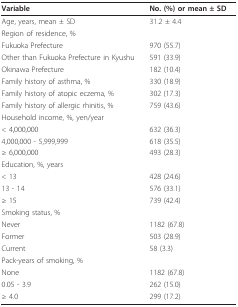
<table><thead><tr><td><b>Variable</b></td><td><b>No. (%) or mean ± SD</b></td></tr></thead><tbody><tr><td>Age, years, mean ± SD</td><td>31.2 ± 4.4</td></tr><tr><td>Region of residence, %</td><td></td></tr><tr><td>Fukuoka Prefecture</td><td>970 (55.7)</td></tr><tr><td>Other than Fukuoka Prefecture in Kyushu</td><td>591 (33.9)</td></tr><tr><td>Okinawa Prefecture</td><td>182 (10.4)</td></tr><tr><td>Family history of asthma, %</td><td>330 (18.9)</td></tr><tr><td>Family history of atopic eczema, %</td><td>302 (17.3)</td></tr><tr><td>Family history of allergic rhinitis, %</td><td>759 (43.6)</td></tr><tr><td>Household income, %, yen/year</td><td></td></tr><tr><td>&lt; 4,000,000</td><td>632 (36.3)</td></tr><tr><td>4,000,000 - 5,999,999</td><td>618 (35.5)</td></tr><tr><td>≥ 6,000,000</td><td>493 (28.3)</td></tr><tr><td>Education, %, years</td><td></td></tr><tr><td>&lt; 13</td><td>428 (24.6)</td></tr><tr><td>13 - 14</td><td>576 (33.1)</td></tr><tr><td>≥ 15</td><td>739 (42.4)</td></tr><tr><td>Smoking status, %</td><td></td></tr><tr><td>Never</td><td>1182 (67.8)</td></tr><tr><td>Former</td><td>503 (28.9)</td></tr><tr><td>Current</td><td>58 (3.3)</td></tr><tr><td>Pack-years of smoking, %</td><td></td></tr><tr><td>None</td><td>1182 (67.8)</td></tr><tr><td>0.05 - 3.9</td><td>262 (15.0)</td></tr><tr><td>≥ 4.0</td><td>299 (17.2)</td></tr></tbody></table>